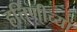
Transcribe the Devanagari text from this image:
हत्तिणीच्या